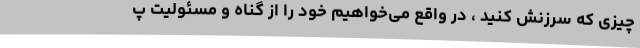
چیزی که سرزنش کنید ، در واقع می‌خواهیم خود را از گناه و مسئولیت پ